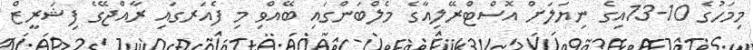
މިމަހުގެ 10-13އިގެ ނިޔަލަށް އޮސްޓްރޭލިއާގެ މެލްބަންގައި ބޭއްވި މި ފެއަރގައި ރާއްޖޭގެ ފިޝަރީޒް